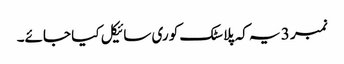
نمبر 3 یہ کہ پلاسٹک کو ری سائیکل کیا جائے۔